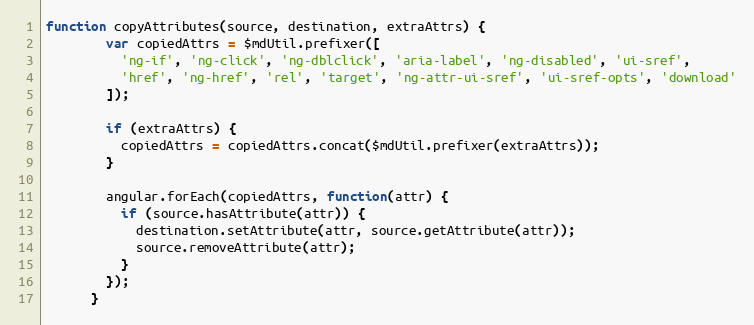
Language: JavaScript
function copyAttributes(source, destination, extraAttrs) {
        var copiedAttrs = $mdUtil.prefixer([
          'ng-if', 'ng-click', 'ng-dblclick', 'aria-label', 'ng-disabled', 'ui-sref',
          'href', 'ng-href', 'rel', 'target', 'ng-attr-ui-sref', 'ui-sref-opts', 'download'
        ]);

        if (extraAttrs) {
          copiedAttrs = copiedAttrs.concat($mdUtil.prefixer(extraAttrs));
        }

        angular.forEach(copiedAttrs, function(attr) {
          if (source.hasAttribute(attr)) {
            destination.setAttribute(attr, source.getAttribute(attr));
            source.removeAttribute(attr);
          }
        });
      }